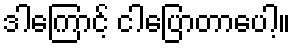
ဒါကြောင့် ငါပြောတာပေါ့။